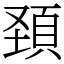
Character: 頚